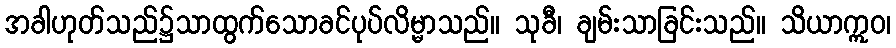
အခါဟုတ်သည်၌သာထွက်သောခင်ပုပ်လိမ္မာသည်။ သုခီ၊ ချမ်းသာခြင်းသည်။ သိယာဣဝ၊